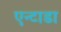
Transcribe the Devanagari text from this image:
एन्टाडा